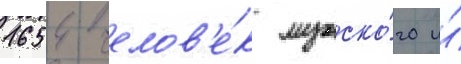
1654 челов'е́к мужско́го и́